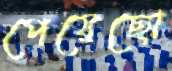
পেয়েছো